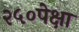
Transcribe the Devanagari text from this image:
२५०पेक्षा